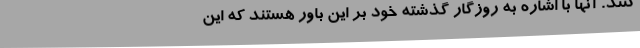
كنند. آنها با اشاره به روزگار گذشته خود بر اين باور هستند كه اين